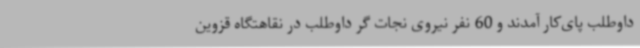
داوطلب پای‌کار آمدند و 60 نفر نیروی نجات گر داوطلب در نقاهتگاه قزوین